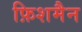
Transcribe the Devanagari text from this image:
फ़िशमैन